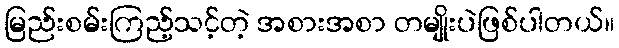
မြည်းစမ်းကြည့်သင့်တဲ့ အစားအစာ တမျိုးပဲဖြစ်ပါတယ်။